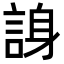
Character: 𬢭